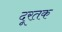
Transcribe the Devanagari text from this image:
दूरतक